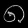
Digit: ၈